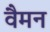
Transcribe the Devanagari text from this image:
वैमन